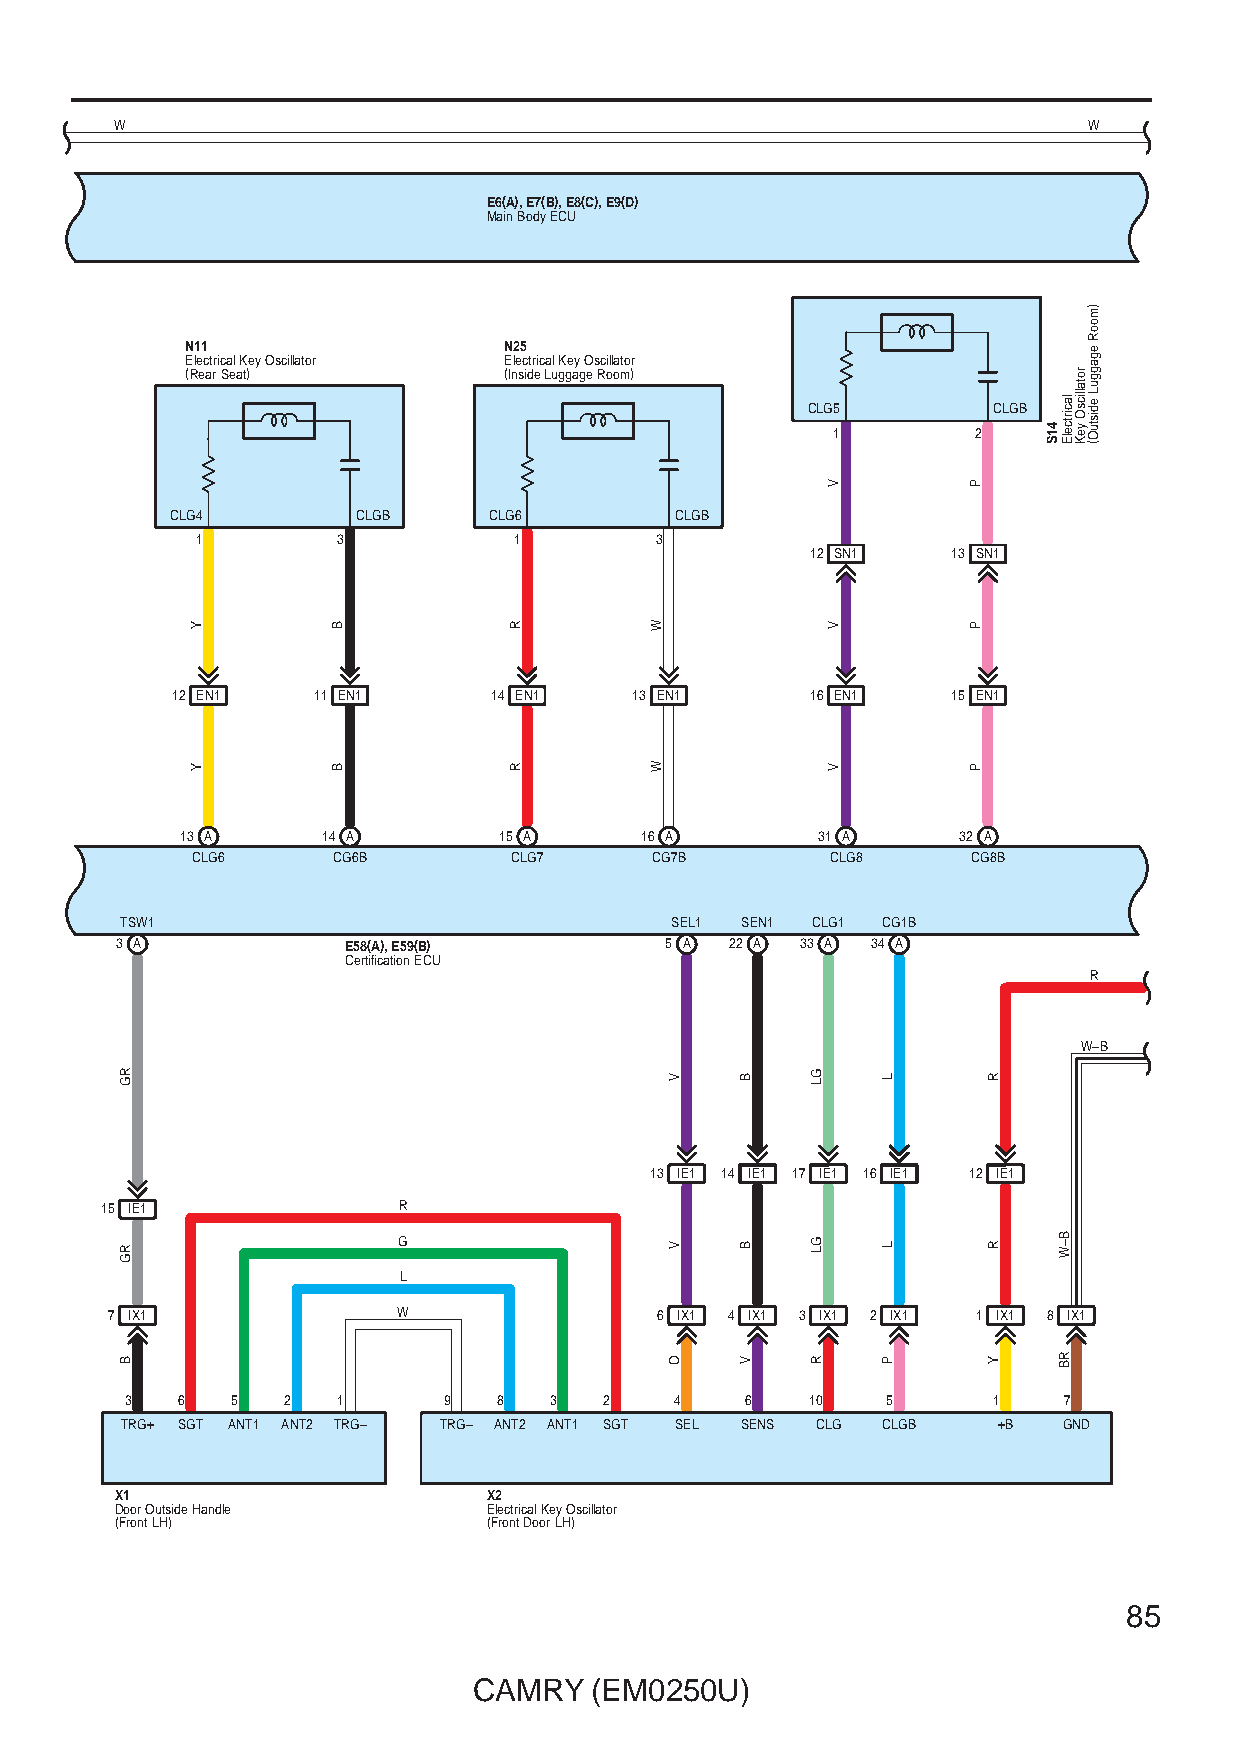
W                                                               W
 E6(A), E7(B), E8(C), E9(D)
 Main Body ECU
 N11                  N25
 Electrical Key Oscillator Electrical Key Oscillator
 (Rear Seat)          (Inside Luggage Room)
 CLG5         CLGB
 1         2
 CLG4         CLGB    CLG6         CLGB
 1        3           1        3
 12 SN1   13 SN1
 12 EN1    11 EN1     14 EN1    13 EN1      16 EN1   15 EN1
 13 A     14 A        15 A     16 A        31 A      32 A
 CLG6     CG6B        CLG7     CG7B        CLG8     CG8B
 TSW1                                SEL1 SEN1 CLG1 CG1B
 3 A            E58(A), E59(B)       5 A 22 A 33 A 34 A
 Certification ECU
 R
 W–B
 13 IE1 14 IE1 17 IE1 16 IE1 12 IE1
 15 IE1             R
 G
 L
 7 IX1              W                6 IX1 4 IX1 3 IX1 2 IX1 1 IX1 8 IX1
 3   6  5   2  1      9   8  3   2    4   6    10   5      1   7
 TRG+ SGT ANT1 ANT2 TRG– TRG– ANT2 ANT1 SGT SEL SENS CLG CLGB +B GND
 X1                      X2
 Door Outside Handle     Electrical Key Oscillator
 (Front LH)              (Front Door LH)
 85
 CAMRY   (EM0250U)
 RG
 RG
 B
 Y
 Y
 B
 B
 R
 R
 W
 W
 V
 V
 O
 B
 B
 V
 GL
 GL
 R
 V
 V
 V
 L
 L
 P
 P
 P
 P
 R
 R
 Y
 41S
 lacirtcelE
 B–W
 RB
 rotallicsO
 yeK
 )mooR
 egagguL
 edistuO(